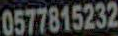
0577815232